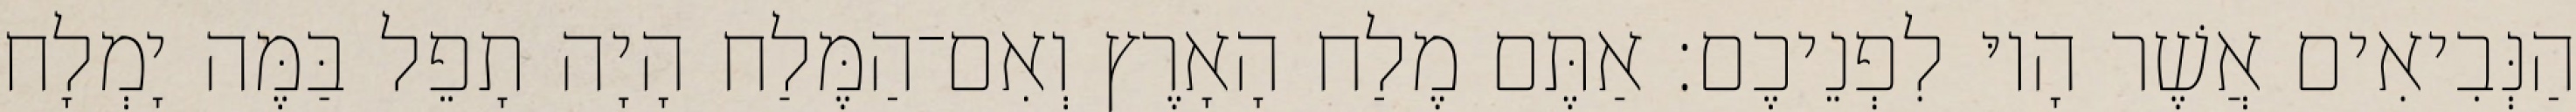
הַנְּבִיאִים אֲשֶׁר הָיוּ לִפְנֵיכֶם׃ אַתֶּם מֶלַח הָאָרֶץ וְאִם־הַמֶּלַח הָיָה תָפֵל בַּמֶּה יָמְלָח